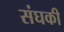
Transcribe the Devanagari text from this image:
संघकी